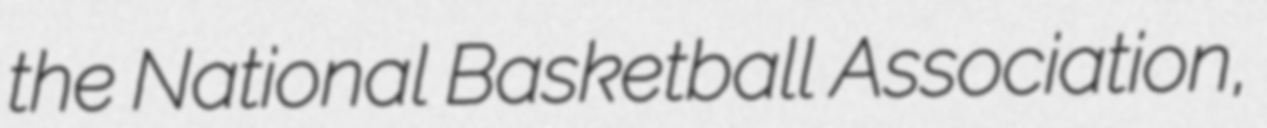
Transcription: the National Basketball Association,